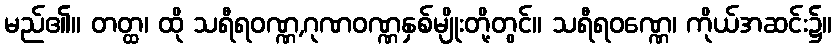
မည်၏။ တတ္ထ၊ ထို သရီရဝဏ္ဏ,ဂုဏဝဏ္ဏနှစ်မျိုးတို့တွင်။ သရီရဝဏ္ဏေ၊ ကိုယ်အဆင်း၌။